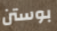
بوستن